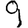
Digit: 9